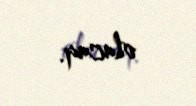
olacaq.